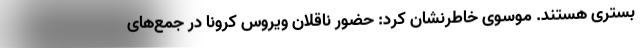
بستری هستند. موسوی خاطرنشان کرد: حضور ناقلان ویروس کرونا در جمع‌های